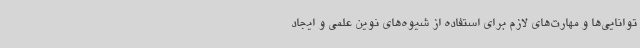
توانایی‌ها و مهارت‌های لازم برای استفاده از شیوه‌های نوین علمی و ایجاد